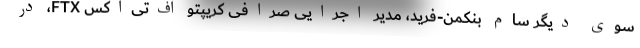
سوی دیگر سام بنکمن-فرید، مدیر اجرایی صرافی کریپتو اف‌تی‌اکس FTX، در